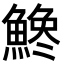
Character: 𩺒